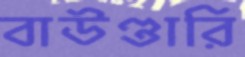
বাউণ্ডারি